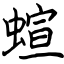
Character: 蝖